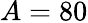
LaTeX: A=80